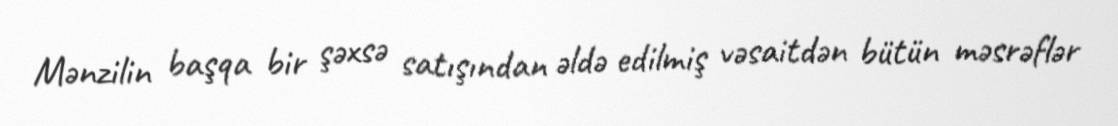
Mənzilin başqa bir şəxsə satışından əldə edilmiş vəsaitdən bütün məsrəflər